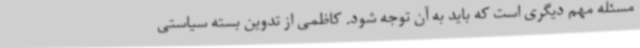
مسئله مهم دیگری است که باید به آن توجه شود. کاظمی از تدوین بسته سیاستی